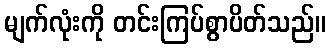
မျက်လုံးကို တင်းကြပ်စွာပိတ်သည်။